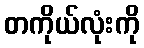
တကိုယ်လုံးကို